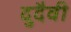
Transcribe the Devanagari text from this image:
दुदैवी